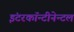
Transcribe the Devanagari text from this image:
इंटरकॉन्टीनेन्टल